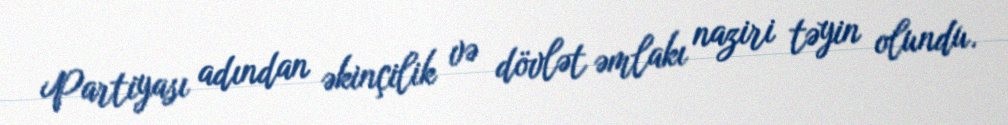
Partiyası adından əkinçilik və dövlət əmlakı naziri təyin olundu.